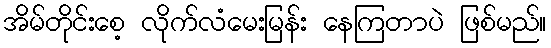
အိမ်တိုင်းစေ့ လိုက်လံမေးမြန်း နေကြတာပဲ ဖြစ်မည်။